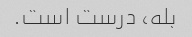
بله، درست است.